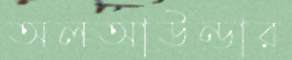
অলআউন্ডার